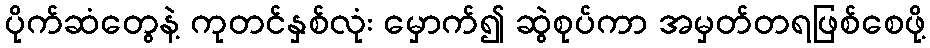
ပိုက်ဆံတွေနဲ့ ကုတင်နှစ်လုံး မှောက်၍ ဆွဲစုပ်ကာ အမှတ်တရဖြစ်စေဖို့